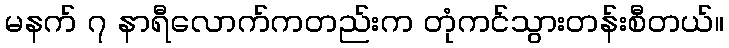
မနက် ၇ နာရီလောက်ကတည်းက တုံကင်သွားတန်းစီတယ်။